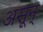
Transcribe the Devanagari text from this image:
असून्